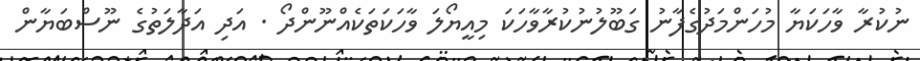
ނުކުރާ ވާހަކަޔާ މުހަންމަދުގެފާނު ގަބޫލުނުކުރާވާހަކަ މިއީޔޯލަ ވާހަކަތަކެއްނޫންދޯ . އަދި އަދާލަތުގެ ނޫސްބަޔާން